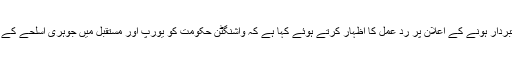
جرمن وزیر خارجہ ہائیکو ماس نے امریکا کی طرف سے روس کے ساتھ جوہری معاہدے سے دستبردار ہونے کے اعلان پر رد عمل کا اظہار کرتے ہوئے کہا ہے کہ واشنگٹن حکومت کو یورپ اور مستقبل میں جوہری اسلحے کے عدم پھیلاؤ کے لیے کی جانے والی کوششوں کی خاطر اپنے فیصلے کے نتائج پر غور کرنا چاہیے۔